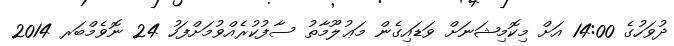
ދުވަހުގެ 14:00 އަށް މިކޮމިޝަނަށް ވަޑައިގެން މަޢުލޫމާތު ސާފުކުރެއްވުމަށްފަހު 24 ނޮވެމްބަރ 2014